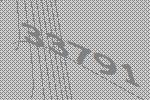
33791